Vital statistics of India. Vol. V, Reports of 1876 on armies & jails and on epidemic cholera
Year: 1876
Disease focus: Cholera
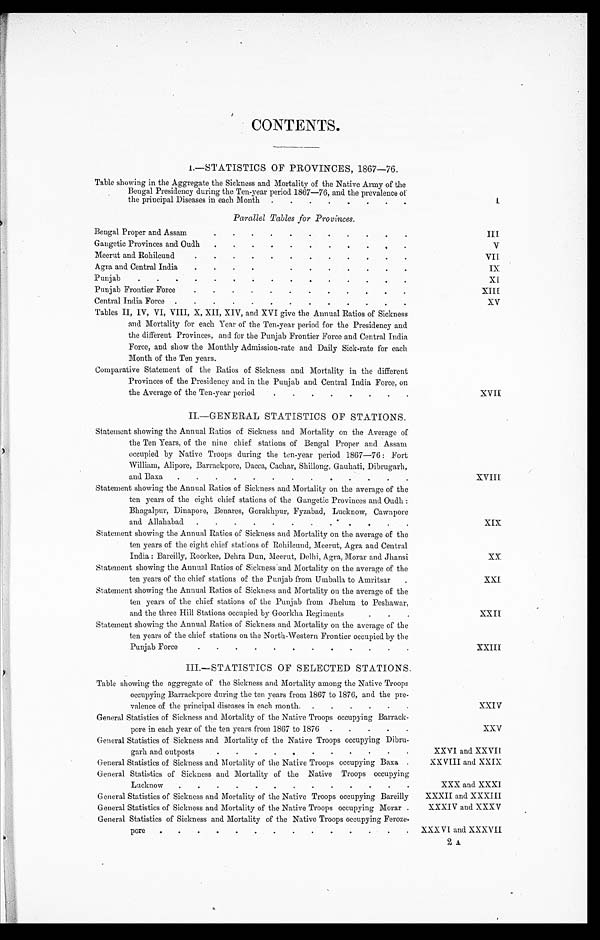
CONTENTS.
1 . —S T A T I S T I C S O F P R O V I N C E S , 1 8 6 7 —7 6 .
Table showing in the Aggregate the Sickness and Mortality of the Native Army of the
Bengal Presidency during the Ten-year period 1867—76, and the prevalence of
the principal Diseases in each Month . . .
I
Parallel Tables for Provinces.
Bengal Proper and Assam . . .
III
Gangetic Provinces and Oudh . . .
V
Meerut and Rohilcund . . .
VII
Agra and Central India . . .
IX
Punjab
.
.
.
XI
Punjab Frontier Force . . .
XIII
Central India Force . . .
XV
Tables II, IV, VI, VIII, X, XII, XIV, and XVI give the Annual Ratios of Sickness
and Mortality for each Year of the Ten-year period for the Presidency and
the different Provinces, and for the Punjab Frontier Force and Central India
Force, and show the Monthly Admission-rate and Daily Sick-rate for each
Month of the Ten years.
Comparative Statement of the Ratios of Sickness and Mortality in the different
Provinces of the Presidency and in the Punjab and Central India Force, on
the average of the Ten-year period . . .
XVII
II.—GENERAL STATISTICS OF STATIONS.
Statement showing the Annual Ratios of Sickness and Mortality on the Average of
the Ten Years, of the nine chief stations of Bengal Proper and Assam
occupied by Native Troops during the ten-year period 1867—76: Fort
William, Alipore, Barrackpore, Dacca, Cachar, Shillong, Gauhati, Dibrugarh,
and Baxa . . .
XVIII
Statement showing the Annual Ratios of Sickness and Mortality on the average of the
ten years of the eight chief stations of the Gangetic Provinces and Oudh:
Bhagalpur, Dinapore, Bemares, Gorakhpur, Fyzabad, Lucknow, Cawnpore
and Allahabad . . .
XIX
Statement showing the Annual Ratios of Sickness and Mortality on the average of the
ten years of the eight chief stations of Rohilcund, Meerut, Agra and Central
India: Bareilly, Roorkee, Dehra Dun, Meerut, Delhi, Agra, Morar and Jhansi
XX
Statement showing the Annual Ratios of Sickness and Mortality on the average of the
ten years of the chief stations of the Punjab from Umballa to Amritsar . . .
XXI
Statement showing the Annual Ratios of Sickness and Mortality on the average of the
ten years of the chief stations of the Punjab from Jhelum to Peshawar,
and the three Hill Stations occupied by Goorkha Regiments . . .
XXII
Statement showing the Annual Ratios of Sickness and Mortality on the average of the
ten years of the chief stations on the North-Western Frontier occupied by the
Punjab Force . . .
XXIII
III.—STATISTICS OF SELECTED STATIONS.
Table showing the aggregate of the Sickness and Mortality among the Native Troops
occupying Barrackpore during the ten years from 1867 to 1876, and the pre -
valence of the principal diseases in each month. . . .
XXIV
General Statistics of Sickness and Mortality of the Native Troops occupying Barrack-
pore in each year of the ten years from 1867 to 1876 . . .
XXV
General Statistics of Sickness and Mortality of the Native Troops occupying Dibru -
garh and outposts . . .
XXVI and XXVII
General Statistics of Sickness and Mortality of the Native Troops occupying Baxa . . .
XXVIII and XXIX
General Statistics of Sickness and Mortality of the Native Troops occupying
Lucknow . . .
XXX and XXXI
General Statistics of Sickness and Mortality of the Native Troops occupying Bareilly
XXXII and XXXIII
General Statistics of Sickness and Mortality of the Native Troops occupying Morar . . .
XXXIV and XXXV
General Statistics of Sickness and Mortality of the Native Troops occupying Feroze-pore . . .
XXXVI and XXXVII